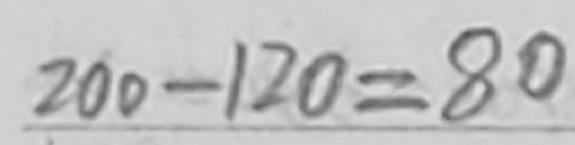
2 0 0 - 1 2 0 = 8 0